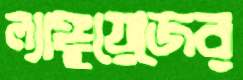
ল্যাঙ্গুয়েজের